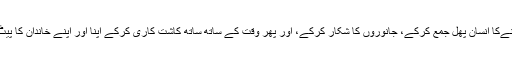
قدیم زما نےکا انسان پھل جمع کرکے، جانوروں کا شکار کرکے، اور پھر وقت کے ساتھ ساتھ کاشت کاری کرکے اپنا اور اپنے خاندان کا پیٹ پالتا ھا ۔